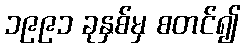
၁၉၉၁ ခုနှစ်မှ စတင်၍